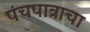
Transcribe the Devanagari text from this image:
पंचपात्राचा